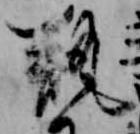
瓶